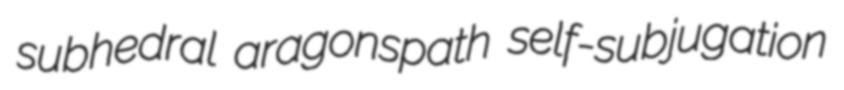
subhedral aragonspath self-subjugation